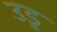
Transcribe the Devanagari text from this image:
उडु